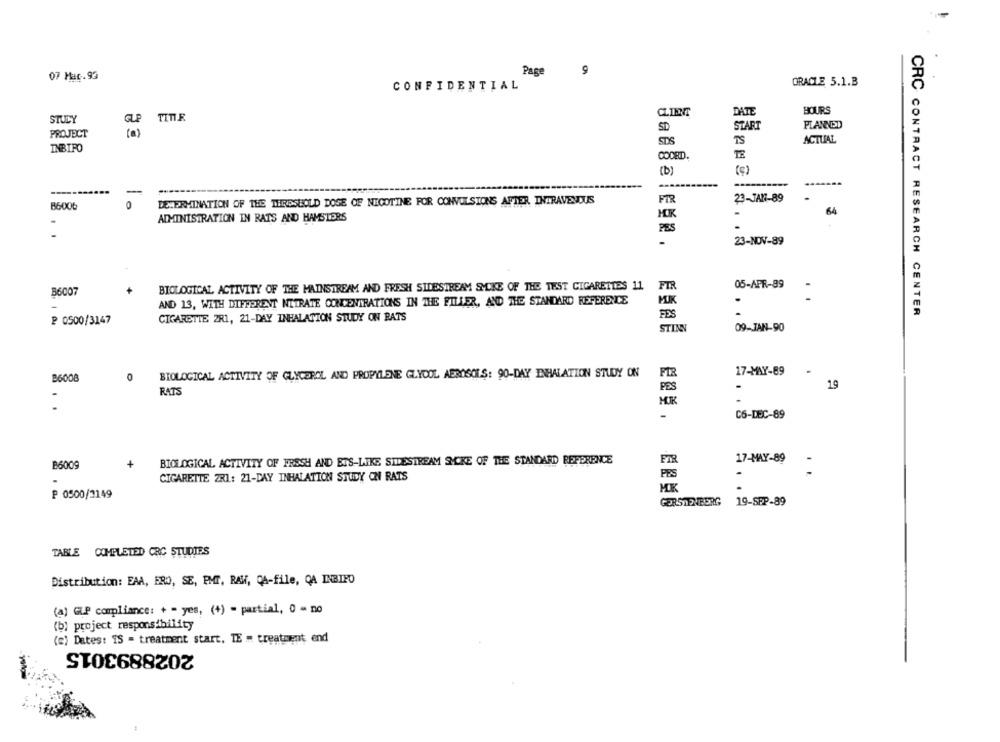
Page
9
07 Mar.93
CONFIDENTIAL
ORACLE 5.1.B
DATE
HOURS
STUDY
TITIR
GLP
SD
START
PLANNED
PROJECT
( a )
SDS
TS
ACTUAL
INBIPO
COORD.
(b)
--
-
DETERMINATION OF THE THRESHOLD DOSE OF NICOTINE FOR CONVULSIONS AFTER, INTRAVENOUS
FIR
23-JAN-89
86006
0
HK
64
ADMINISTRATION IN RATS AND HAMSTERS
-
23-NOV-89
05-APR-99
BIOLOGICAL ACTIVITY OF THE MAINSTREAM AND FRESH SIDESTREAM SMYCKE OF THE TEST CIGARETTES 11 FIR
36007
AND 13, WITH DIFFERENT NITRATE CONCENTRATIONS IN THE FILLER, AND THE STANDARD REFERENCE
.
CIGARETTE 2R1, 21-DAY INHALATION STUDY ON RATS
FES
CRC CONTRACT RESEARCH CENTER
₽ 0500/3147
09-JAN-90
STINN
BIOLOGICAL ACTIVITY OF GLYCEROL AND PROPYLENE GLYCOL AEROSOLS: 90-DAY INHALATION STUDY ON
17-MAY-89
B6008
.
19
RATS
PES
.
..
MOK
C6-DEC-89
BIOLOGICAL ACTIVITY OF FRESH AND ETS-LIKE SIDESTREAM SMYCKE OF THE STANDARD REFERENCE
17-MAY-89
B6009
.
CIGARETTE ZR1: 21-DAY INHALATION STUDY ON RATS
MK
₱ 0500/3149
GERSTENBERG 19-SPP-89
TABLE COMPLETED CRC STUDIES
Distribution: EAA, ERO, SE, PMT, RAW, CA-file, QA INBIRO
(a) GLP compliance: + - yes, (+) = partial, 0 - no
(b) project responsibility
(e) Dates: IS = treatment start, TE = treatment end
2028893015